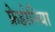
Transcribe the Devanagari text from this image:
फ्रेडोनिया